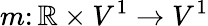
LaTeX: m\colon\mathbb R\times V^{1}\to V^{1}